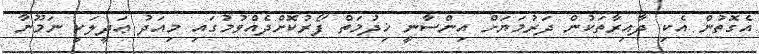
އެގޮތުން އެކި ދާއިރާތަކުން ދަރުމަޔަށް އިންސާނީ ޚިދުމަތް ފޯރުކޮށްދެއްވުމުގައި މިއަދު ޢަދީލަކީ ނަމޫނާ